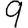
Digit: 9